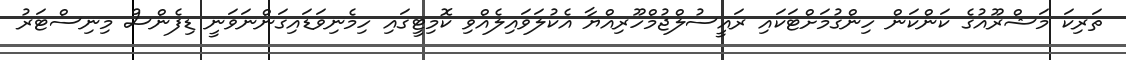
ތަރިކަ މަޝްރޫއުގެ ކަންކަން ހިންގުމަށްޓަކައި ރައީސުލްޖުމްހޫރިއްޔާ އެކުލަވައިލެއްވި ކޮމިޓީގައި ހިމެނިވަޑައިގަންނަވަނީ ޑިފެންސް މިނިސްޓަރު